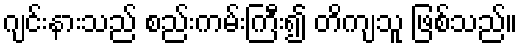
ဂျင်းနားသည် စည်းကမ်းကြီး၍ တိကျသူ ဖြစ်သည်။